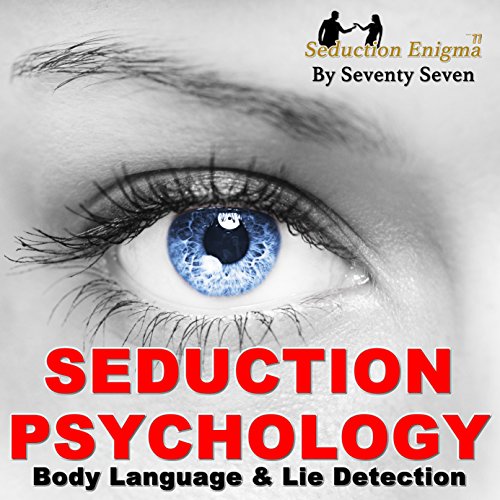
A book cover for Seduction Psychology: Body Language & Lie Detection Master Class;  Seventy Seven; Self-Help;